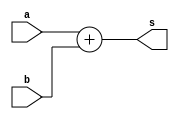
`timescale 1ns / 1ps
//////////////////////////////////////////////////////////////////////////////////
// Company: 
// Engineer: 
// 
// Design Name: 
// Module Name: adder_32bit
// Project Name: 
// Target Devices: 
// Tool Versions: 
// Description: 
// 
// Dependencies: 
// 
// Revision:
// Revision 0.01 - File Created
// Additional Comments:
// 
//////////////////////////////////////////////////////////////////////////////////

//adder (its very beautiful I know)
module adder_32bit(
    input [31:0] a,
    input [31:0] b,
    output reg[31:0] s
    );
    always @ (*) begin
        s = a + b;
    end
endmodule